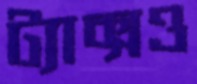
ট্যাক্সও